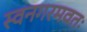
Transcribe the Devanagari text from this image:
स्वनगरमवतः